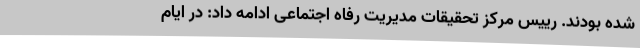
شده بودند. رییس مرکز تحقیقات مدیریت رفاه اجتماعی ادامه داد: در ایام